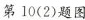
第10(2)题图